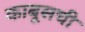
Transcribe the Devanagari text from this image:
काबूसची